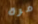
مرة